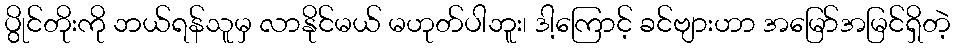
ပွိုင်တိုးကို ဘယ်ရန်သူမှ လာနိုင်မယ် မဟုတ်ပါဘူး၊ ဒါ့ကြောင့် ခင်ဗျားဟာ အမြော်အမြင်ရှိတဲ့